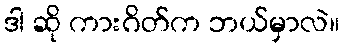
ဒါ ဆို ကားဂိတ်က ဘယ်မှာလဲ။